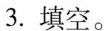
3.填空。